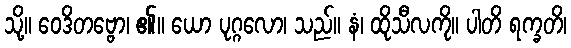
သို့။ ဝေဒိတဗ္ဗော၊ ၏။ ယော ပုဂ္ဂလော၊ သည်။ နံ၊ ထိုသီလကို။ ပါတိ ရက္ခတိ၊